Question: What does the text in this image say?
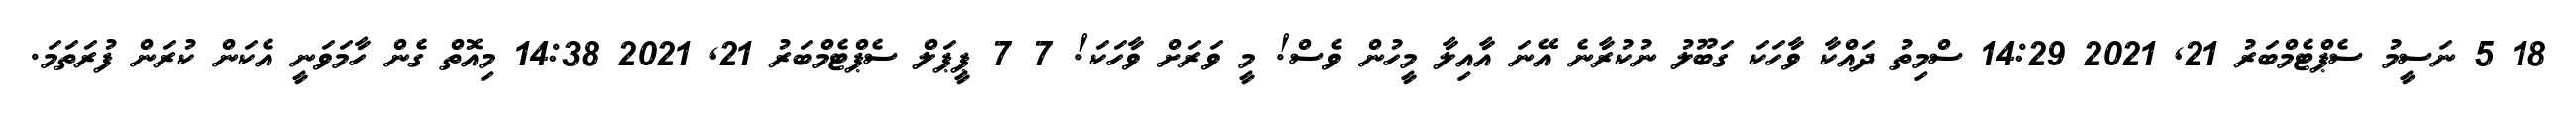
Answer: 18 5 ނަސީމު ސެޕްޓެމްބަރު 21, 2021 14:29 ސްމިތު ދައްކާ ވާހަކަ ގަބޫލު ނުކުރާނެ އޭނަ އާއިލާ މީހުން ވެސް! މީ ވަރަށް ވާހަކަ! 7 7 ޕީޕަލް ސެޕްޓެމްބަރު 21, 2021 14:38 މިއޮތް ގެން ހާމަވަނީ އެކަން ކުރަން ފުރަތަމަ.